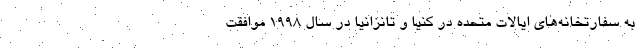
به سفارتخانه‌های ایالات متحده در کنیا و تانزانیا در سال 1998 موافقت